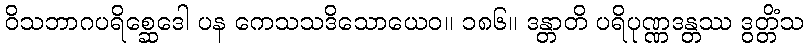
ဝိသဘာဂပရိစ္ဆေဒေါ ပန ကေသသဒိသောယေဝ။ ၁၈၆။ ဒန္တာတိ ပရိပုဏ္ဏဒန္တဿ ဒွတ္တိံသ